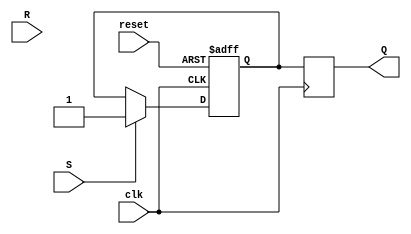
module master_slave_sr_ff (
    input wire clk,
    input wire reset,
    input wire S,
    input wire R,
    output reg Q
);

reg Q_m; // master flip-flop output
reg Q_s; // slave flip-flop output

// Master flip-flop
always @(posedge clk or posedge reset)
begin
    if (reset)
        Q_m <= 1'b0;
    else if (S)
        Q_m <= 1'b1;
end

// Slave flip-flop
always @(posedge clk)
begin
    Q_s <= Q_m;
end

// Buffered output
assign Q = Q_s;

endmodule